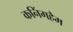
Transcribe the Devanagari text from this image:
कनिंगहैम